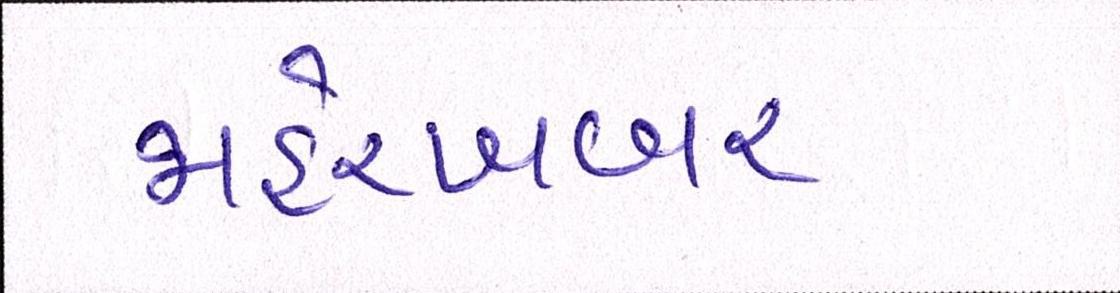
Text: જાહેરખબર